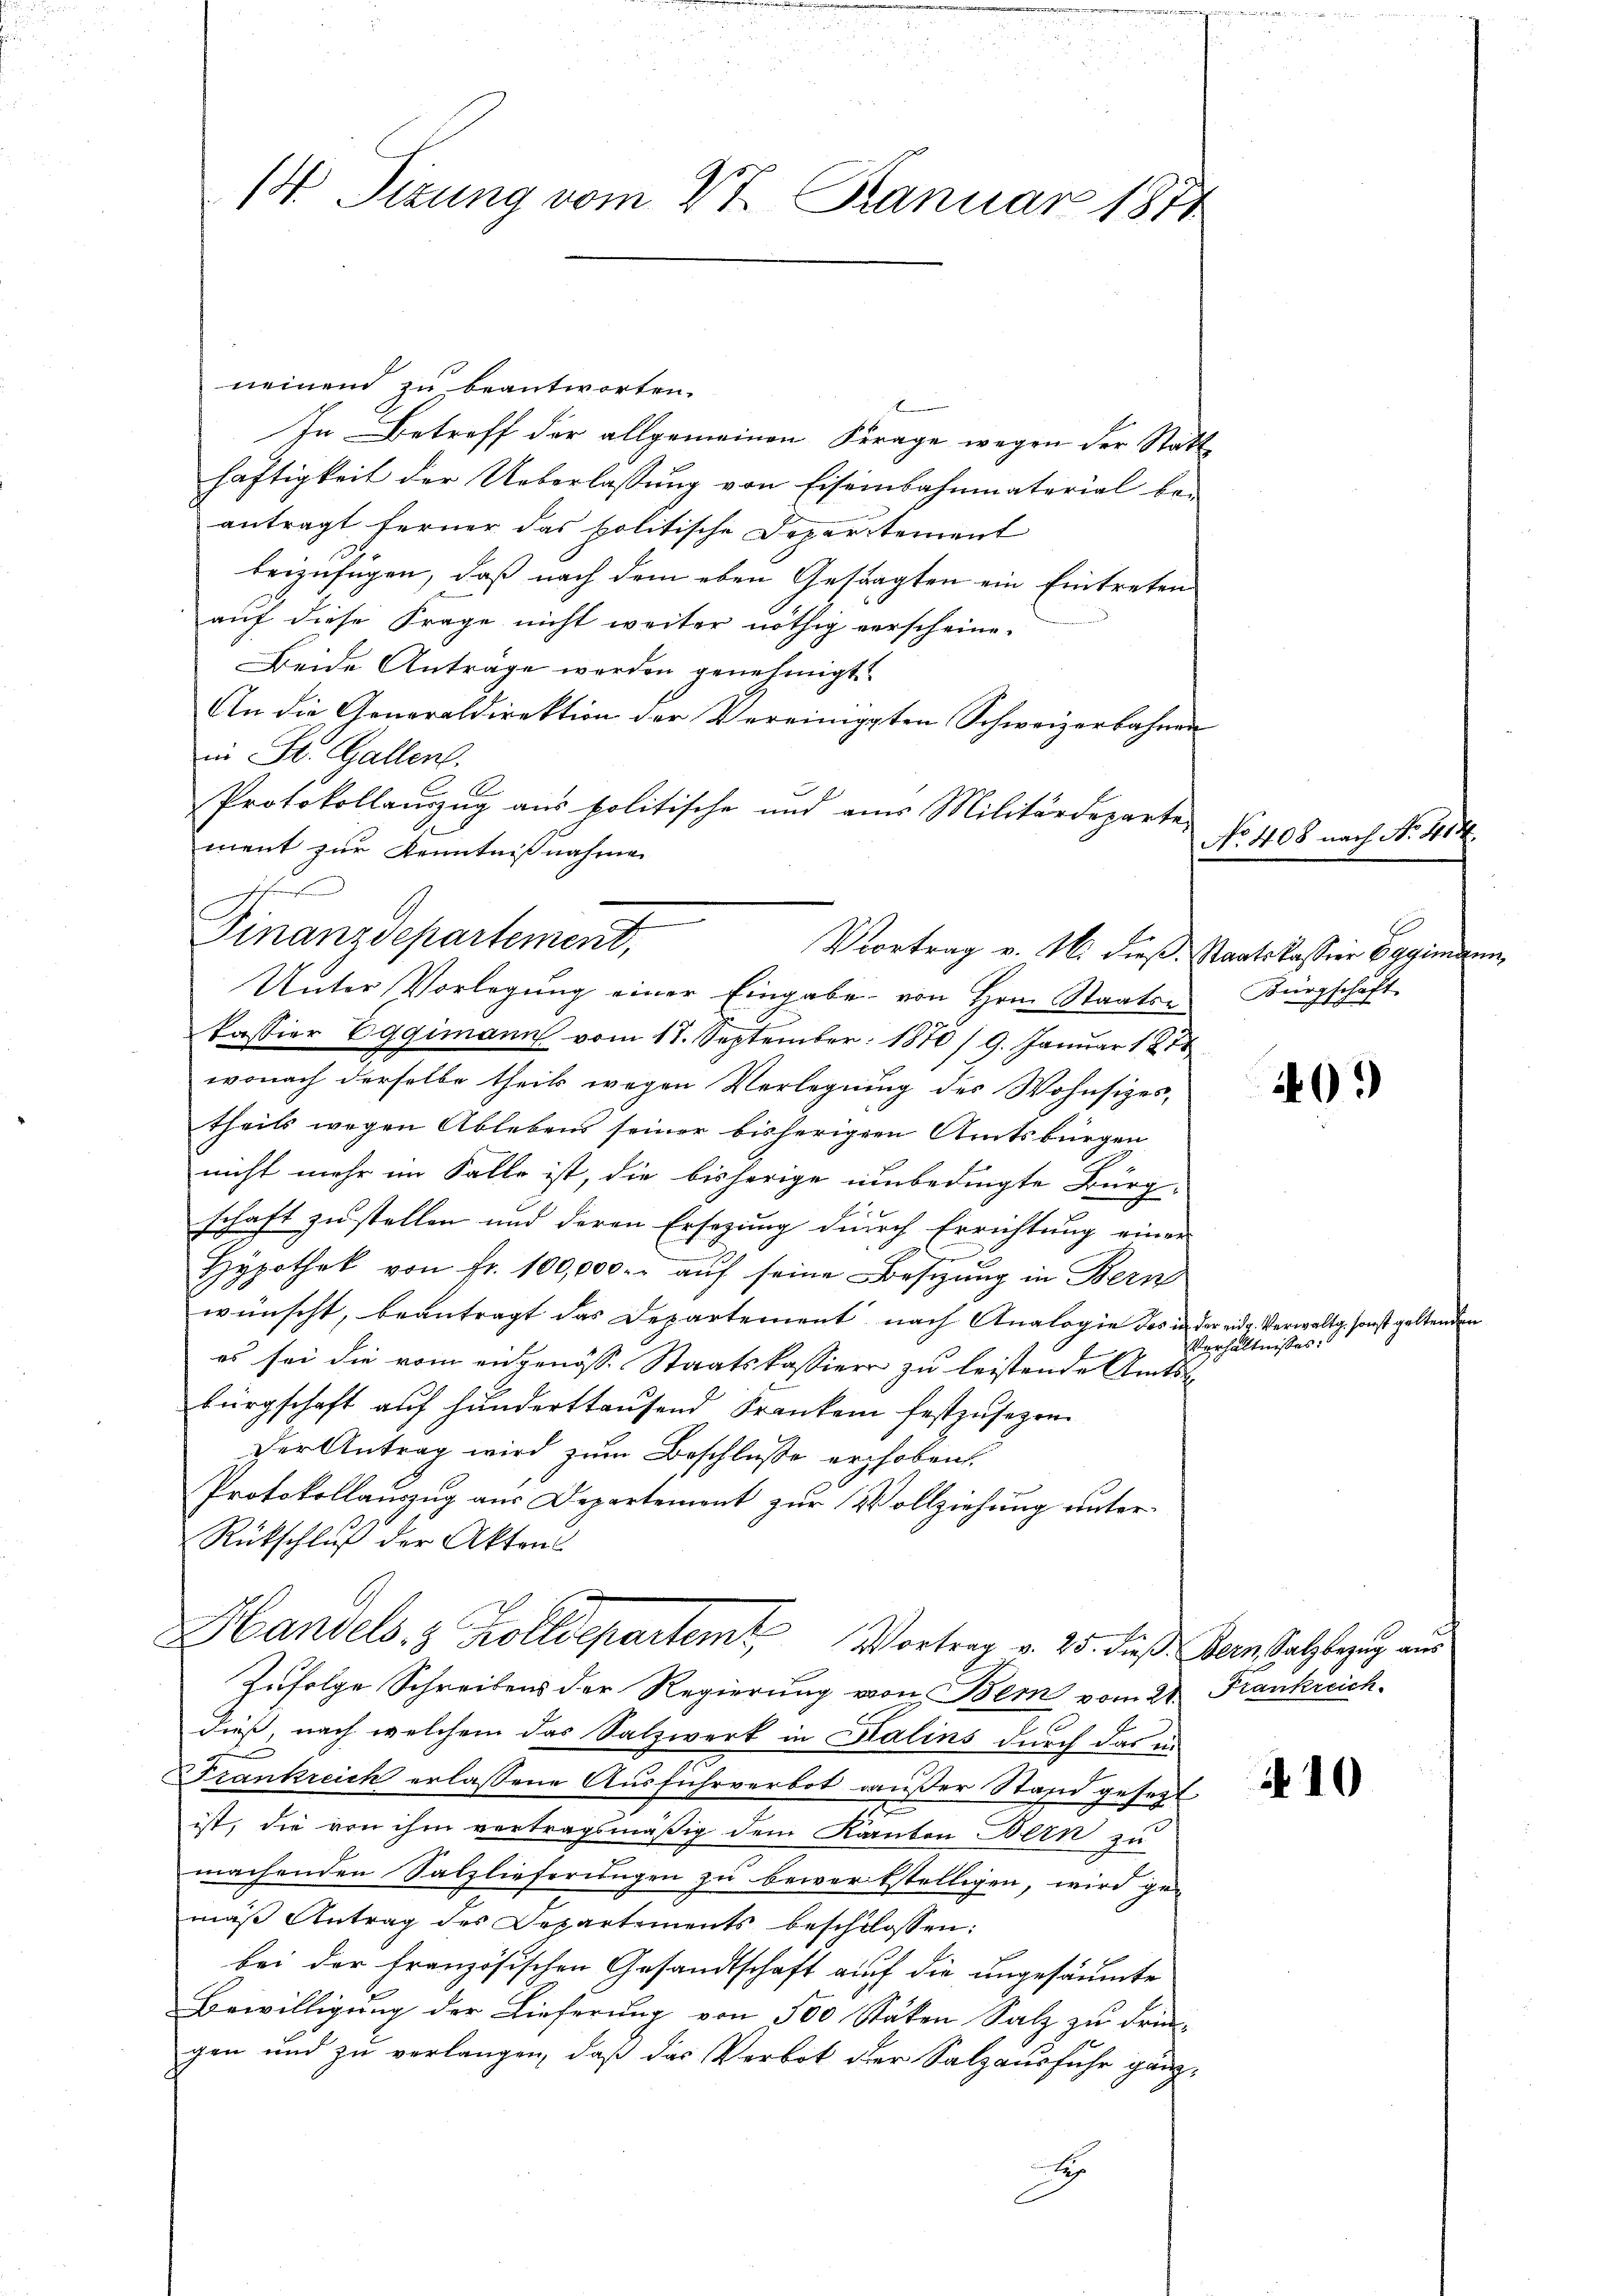
1 Sizung vom 28. Januar 1871

neinend zu beantworten.
In Betreff der allgemeinen Frage wegen der Statthäftigkeit der Ueberlassung von Eisenbahnmaterial be-
antragt ferner das politische Departement
beizufügen, daß nach dem eben Gestagten ein Eintreten
auf diese Frage nicht weiter nöthig verscheine.
Beide Anträge werden genehmigt.
An die Generaldirektion der Vereinigten Schweizerbahnen
in St. Gallen.
Protokollanzug aus politische und aus Militärdeparte
ment zur Kenntnisnahme
h
Finanzdepartement,
Vortrag v. M. dieß. Staatskasser Eggenmann,
Unter Vorlegung einer Eingabe von Hrn. Staatse
kassion Eggimann vom 17. September 1870 / 9. Januar 1874
wonach derselbe theils wegen Verlegung des Wohnsizestheils wegen Ablebens seiner bisherigern Amtsbürgen
nicht mehr im Falle ist, die bisherige unbedingte Bürg-
schaft zu stellen und deren Ersezung durch Errichtung einer
Hypothek von fr. 100,000.- aŭf seine Besizung in Bern
wünscht, beantragt das Departement nach Analogie des in der eidg. Verwaltg, sonst gelten
es sei die vom eidgenösse Staatskassiver zu leistende Amts
bürgschaft auf hunderttausend Franken festzusezen.
der Antrag wird zum Beschlusse erhoben.
Protokollauszug aus Departement zur Vollziehung unter¬
Rückschluß der Akten
Handels 8 Zolldepartem Vortrag v. 25. dieß Bern Salzbezug aus
Zufolge Schreibens der Regierung von Bern vom 21. Frankreich
dieß, nach welchem das Salzwerk in Halins durch das in
Frankreich erlassene Ausfuhrverbot außer Stand gesezt
ist, die von ihm vertragsmäßig dem Kanton Bern zu
machenden Salzlieferungen zu bewerkstelligen, wird ge-
mäβ Antrag des Departements beschlossen:
bei der Französischen Gesandtschaft auf die ungesäumte
Bewilligung der Lieferung von 500 Stäten Salz zu drin-
gen und zu verlangen, daß das Verbot der Salzausfuhr gänz¬
S

No 408 nach No. 41

Bürgschaft

Verhältnisses

40.

410